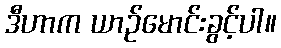
ဒီဟာက ယာဉ်မောင်းခွင့်ပါ။